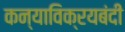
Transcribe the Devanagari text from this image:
कन्याविक्रयबंदी